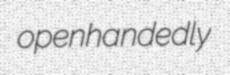
openhandedly